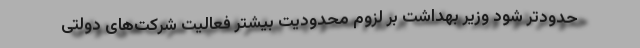
حدودتر شود وزیر بهداشت بر لزوم محدودیت بیشتر فعالیت شرکت‌های دولتی